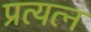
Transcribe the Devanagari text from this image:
प्रत्यत्न